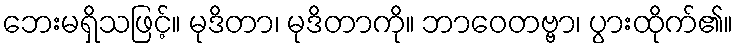
ဘေးမရှိသဖြင့်။ မုဒိတာ၊ မုဒိတာကို။ ဘာဝေတဗ္ဗာ၊ ပွားထိုက်၏။